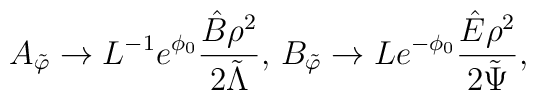
A_{\tilde{\varphi}} \rightarrow L^{-1} e^{\phi_0}\frac{\hat{B}\rho^2}{ 2\tilde{\Lambda}},\, B_{\tilde{\varphi}}\rightarrow L e^{-\phi_0} \frac{\hat{E} \rho^2}{2\tilde{\Psi}},